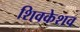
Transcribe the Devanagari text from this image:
शिवकेशव